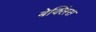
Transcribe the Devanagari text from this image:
बेक्लिंस